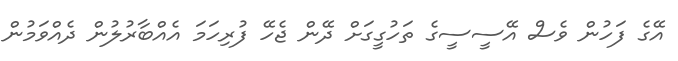
އޭގެ ފަހުން ވެސް އޭސީސީގެ ތަހުގީގަށް ދޭން ޖެހޭ ފުރިހަމަ އެއްބާރުލުން ދެއްވަމުން